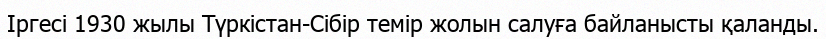
Іргесі 1930 жылы Түркістан-Сібір темір жолын салуға байланысты қаланды.